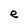
Character: e